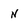
Character: n